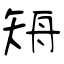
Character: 矪